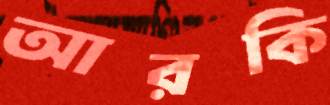
আরকি